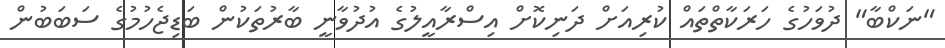
"ނަކްބާ" ދުވަހުގެ ހަރަކާތްތައް ކުރިއަށް ދަނިކޮށް އިސްރާއީލުގެ އުދުވާނީ ބާރުތަކުން ބަޑިޖެހުމުގެ ސަބަބުން